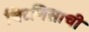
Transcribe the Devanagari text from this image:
चिटणिसाची